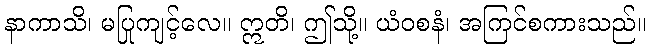
နာကာသိ၊ မပြုကျင့်လေ။ ဣတိ၊ ဤသို့။ ယံဝစနံ၊ အကြင်စကားသည်။